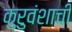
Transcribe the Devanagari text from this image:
कुरुवंशाची